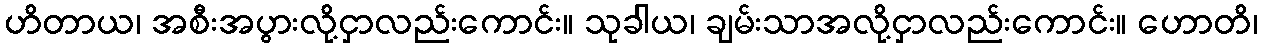
ဟိတာယ၊ အစီးအပွားလို့ငှာလည်းကောင်း။ သုခါယ၊ ချမ်းသာအလို့ငှာလည်းကောင်း။ ဟောတိ၊